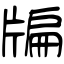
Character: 牑